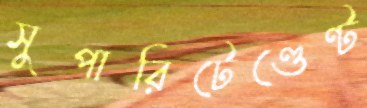
সুপারিটেণ্ডেণ্ট